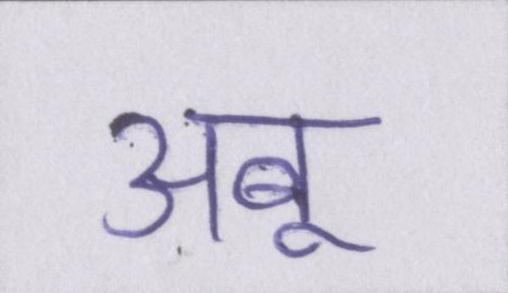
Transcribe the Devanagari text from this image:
अबू